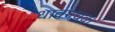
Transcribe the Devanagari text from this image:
धावनचक